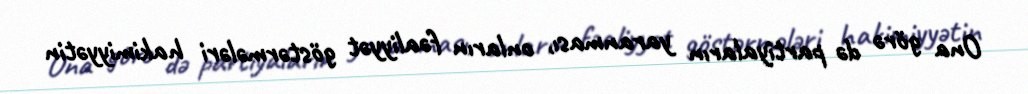
Ona görə də partiyaların yaranması, onların fəaliyyət göstərmələri hakimiyyətin